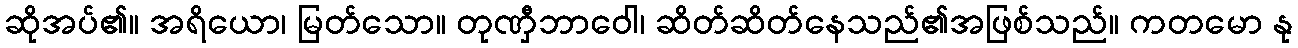
ဆိုအပ်၏။ အရိယော၊ မြတ်သော။ တုဏှီဘာဝေါ၊ ဆိတ်ဆိတ်နေသည်၏အဖြစ်သည်။ ကတမော နု